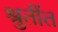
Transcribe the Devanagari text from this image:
श्रुतींत